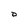
Character: D